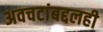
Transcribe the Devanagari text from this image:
अवचटांबद्दलही